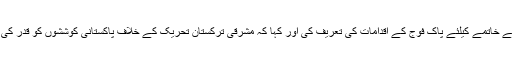
انہوں نے دہشتگردی کے خاتمے کیلئے پاک فوج کے اقدامات کی تعریف کی اور کہا کہ مشرقی ترکستان تحریک کے خلاف پاکستانی کوششوں کو قدر کی نگاہ سے دیکھتے ہیں۔